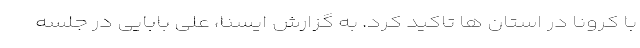
با کرونا در استان ها تاکید کرد. به گزارش ایسنا، علی بابایی در جلسه